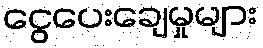
ငွေပေးချေမှုများ